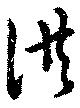
供